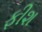
ફીશ